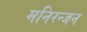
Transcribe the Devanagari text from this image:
मनिरन्जन